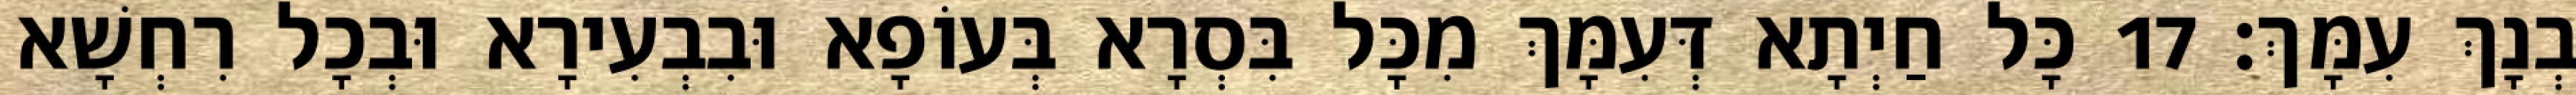
בְנָךְ עִמָּךְ׃ 17 כָּל חַיְתָא דְּעִמָּךְ מִכָּל בִּסְרָא בְּעוֹפָא וּבִבְעִירָא וּבְכָל רִחְשָׁא